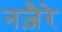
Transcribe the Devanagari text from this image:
नज़ैरे